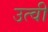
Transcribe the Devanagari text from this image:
उत्वी